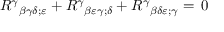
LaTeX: { R ^ { \gamma } } _ { \beta \gamma \delta ; \varepsilon } + { R ^ { \gamma } } _ { \beta \varepsilon \gamma ; \delta } + { R ^ { \gamma } } _ { \beta \delta \varepsilon ; \gamma } = \, 0